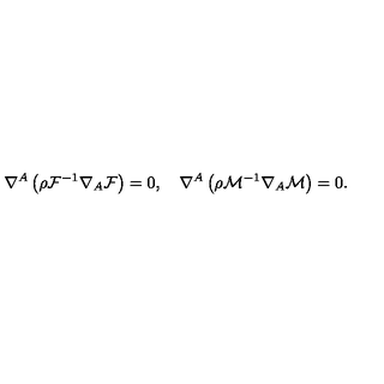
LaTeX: \nabla ^ { A } \left( \rho { \cal F } ^ { - 1 } \nabla _ { A } { \cal F } \right) = 0 , \quad \nabla ^ { A } \left( \rho { \cal M } ^ { - 1 } \nabla _ { A } { \cal M } \right) = 0 .